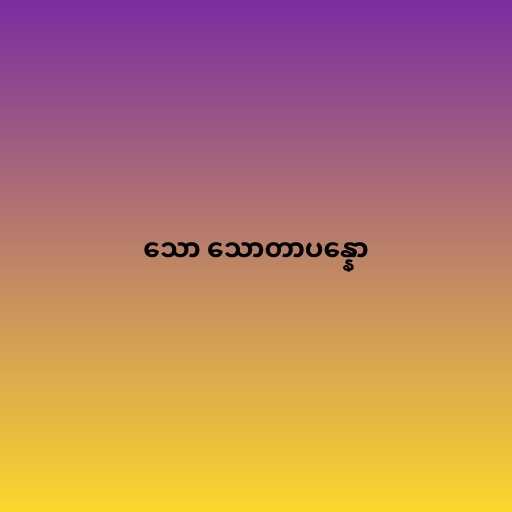
သော သောတာပန္နော